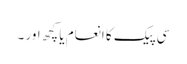
سی پیک کا انعام یا کچھ اور ۔